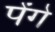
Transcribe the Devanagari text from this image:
पेंगे